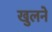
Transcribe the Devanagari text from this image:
खुलनें